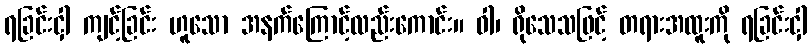
ရခြင်းငှါ ကျင့်ခြင်း ဟူသော အနက်ကြောင့်လည်းကောင်း။ ဝါ၊ ရိုသေသဖြင့် တရားအထူးကို ရခြင်းငှါ